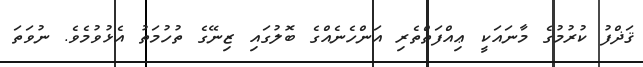
ޤަޛްފު ކުރުމުގެ މާނައަކީ ޢިއްފަތްތެރި އަންހެނެއްގެ ބޮލުގައި ޒިނޭގެ ތުހުމަތު އެޅުވުމެވެ. ނުވަތަ